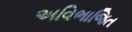
અવિભાજિત